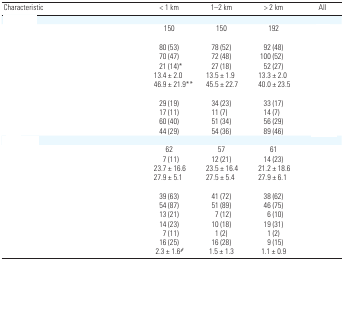
<table><thead><tr><td><b>Characteristic</b></td><td><b>&lt; 1 km</b></td><td><b>1–2 km</b></td><td><b>&gt; 2 km</b></td><td><b>All</b></td></tr></thead><tbody><tr><td>[EMPTY_CELL]</td></tr><tr><td>[EMPTY_CELL]</td><td>150</td><td>150</td><td>192</td><td>[EMPTY_CELL]</td></tr><tr><td>[EMPTY_CELL]</td></tr><tr><td>[EMPTY_CELL]</td><td>80 (53)</td><td>78 (52)</td><td>92 (48)</td><td>[EMPTY_CELL]</td></tr><tr><td>[EMPTY_CELL]</td><td>70 (47)</td><td>72 (48)</td><td>100 (52)</td><td>[EMPTY_CELL]</td></tr><tr><td>[EMPTY_CELL]</td><td>21 (14)*</td><td>27 (18)</td><td>52 (27)</td><td>[EMPTY_CELL]</td></tr><tr><td>[EMPTY_CELL]</td><td>13.4 ± 2.0</td><td>13.5 ± 1.9</td><td>13.3 ± 2.0</td><td>[EMPTY_CELL]</td></tr><tr><td>[EMPTY_CELL]</td><td>46.9 ± 21.9**</td><td>45.5 ± 22.7</td><td>40.0 ± 23.5</td><td>[EMPTY_CELL]</td></tr><tr><td>[EMPTY_CELL]</td></tr><tr><td>[EMPTY_CELL]</td><td>29 (19)</td><td>34 (23)</td><td>33 (17)</td><td>[EMPTY_CELL]</td></tr><tr><td>[EMPTY_CELL]</td><td>17 (11)</td><td>11 (7)</td><td>14 (7)</td><td>[EMPTY_CELL]</td></tr><tr><td>[EMPTY_CELL]</td><td>60 (40)</td><td>51 (34)</td><td>56 (29)</td><td>[EMPTY_CELL]</td></tr><tr><td>[EMPTY_CELL]</td><td>44 (29)</td><td>54 (36)</td><td>89 (46)</td><td>[EMPTY_CELL]</td></tr><tr><td>[EMPTY_CELL]</td></tr><tr><td>[EMPTY_CELL]</td><td>62</td><td>57</td><td>61</td><td>[EMPTY_CELL]</td></tr><tr><td>[EMPTY_CELL]</td><td>7 (11)</td><td>12 (21)</td><td>14 (23)</td><td>[EMPTY_CELL]</td></tr><tr><td>[EMPTY_CELL]</td><td>23.7 ± 16.6</td><td>23.5 ± 16.4</td><td>21.2 ± 18.6</td><td>[EMPTY_CELL]</td></tr><tr><td>[EMPTY_CELL]</td><td>27.9 ± 5.1</td><td>27.5 ± 5.4</td><td>27.9 ± 6.1</td><td>[EMPTY_CELL]</td></tr><tr><td>[EMPTY_CELL]</td></tr><tr><td>[EMPTY_CELL]</td><td>39 (63)</td><td>41 (72)</td><td>38 (62)</td><td>[EMPTY_CELL]</td></tr><tr><td>[EMPTY_CELL]</td><td>54 (87)</td><td>51 (89)</td><td>46 (75)</td><td>[EMPTY_CELL]</td></tr><tr><td>[EMPTY_CELL]</td><td>13 (21)</td><td>7 (12)</td><td>6 (10)</td><td>[EMPTY_CELL]</td></tr><tr><td>[EMPTY_CELL]</td><td>14 (23)</td><td>10 (18)</td><td>19 (31)</td><td>[EMPTY_CELL]</td></tr><tr><td>[EMPTY_CELL]</td><td>7 (11)</td><td>1 (2)</td><td>1 (2)</td><td>[EMPTY_CELL]</td></tr><tr><td>[EMPTY_CELL]</td><td>16 (25)</td><td>16 (28)</td><td>9 (15)</td><td>[EMPTY_CELL]</td></tr><tr><td>[EMPTY_CELL]</td><td>2.3 ± 1.6<sup><i>#</i></sup></td><td>1.5 ± 1.3</td><td>1.1 ± 0.9</td><td>[EMPTY_CELL]</td></tr><tr><td colspan="5">[EMPTY_CELL]</td></tr></tbody></table>